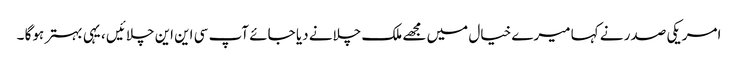
امریکی صدر نے کہا میرے خیال میں مجھے ملک چلانے دیا جائے آپ سی این این چلائیں ، یہی بہتر ہوگا ۔